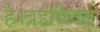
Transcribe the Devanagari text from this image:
है।ब्रह्मवैवर्त